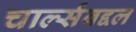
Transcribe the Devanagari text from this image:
चार्ल्सबद्दल